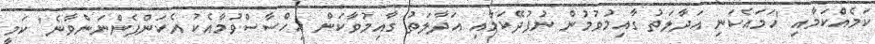
ކަމެއްކަމާއި 'ހަމައެކަނި އަދާލަތު ގާއިމުވުމުން ނުފުދޭކަމާއި އަދާލަތު ގާއިމުވާކަން އިހްސާސްވުމާއެކު އެކަންފެންނަންވާނެ' ކަމީ